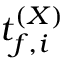
t _ { f , i } ^ { ( X ) }